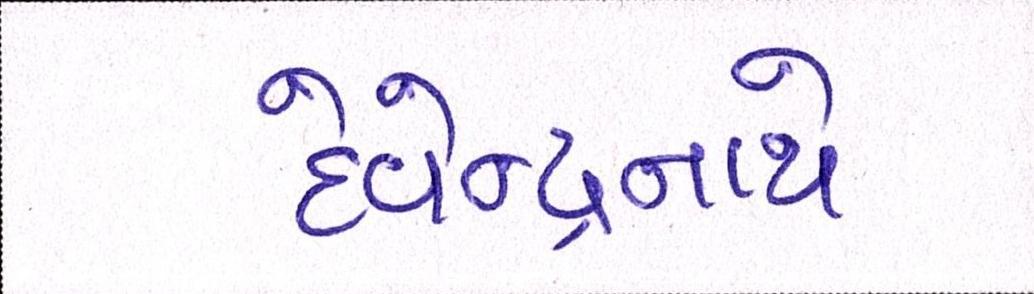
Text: દેવેન્દ્રનાથે